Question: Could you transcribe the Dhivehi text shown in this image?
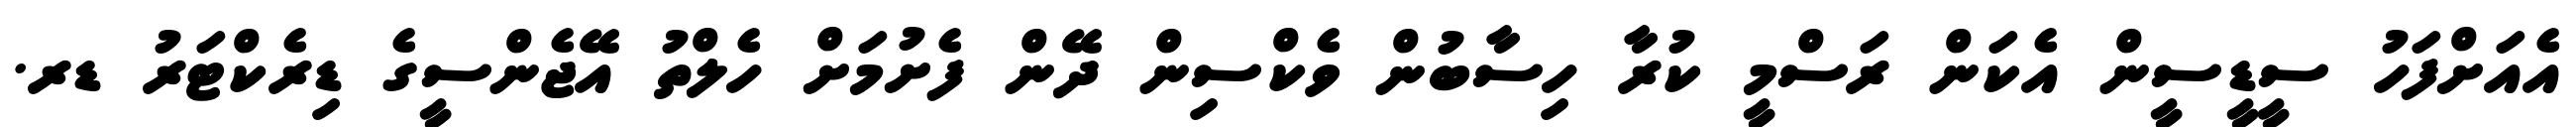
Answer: އެއަށްފަހު ސީޑީސީން އެކަން ރަސްމީ ކުރާ ހިސާބުން ވެކްސިން ދޭން ފެށުމަށް ހެލްތު އޭޖެންސީގެ ޑިރެކްޓަރު ޑރ.